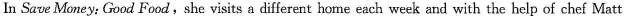
In Save Money: Good Food,she visits a different home each week and with the help of chef Matt